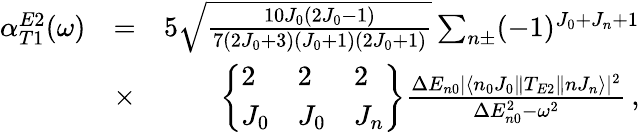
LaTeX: \begin{array}{rlr}{\alpha_{T1}^{E2}(\omega)}&{=}&{5\sqrt{\frac{10J_{0}(2J_{0}-1)}{7(2J_{0}+3)(J_{0}+1)(2J_{0}+1)}}\sum_{n\pm}(-1)^{J_{0}+J_{n}+1}}\\ &{\times}&{\left\{ \begin{array}{lll}{2}&{2}&{2}\\ {J_{0}}&{J_{0}}&{J_{n}}\end{array}\right\} \frac{\Delta E_{n0}|\langle n_{0}J_{0}\| T_{E2}\| nJ_{n}\rangle|^{2}}{\Delta E_{n0}^{2}-\omega^{2}}\, ,}\end{array}